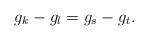
LaTeX: \begin{align*}g_k-g_l=g_s-g_t.\end{align*}